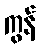
ကွန်